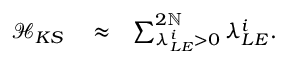
\begin{array} { r l r } { \mathcal { H } _ { K S } } & { { } \approx } & { \sum _ { \lambda _ { L E } ^ { i } > 0 } ^ { 2 \mathbb { N } } \lambda _ { L E } ^ { i } . } \end{array}